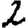
Digit: 2